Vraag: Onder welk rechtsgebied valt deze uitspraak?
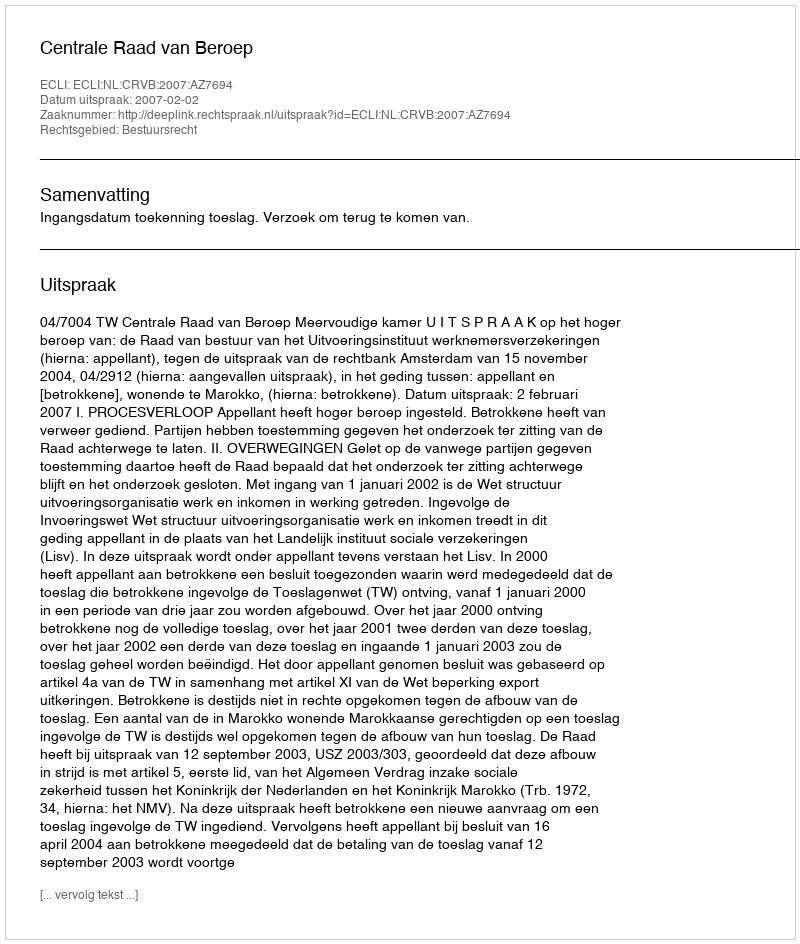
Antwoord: Bestuursrecht